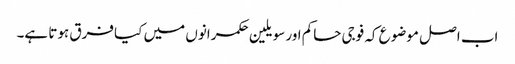
اب اصل موضوع کہ فوجی حاکم اور سویلین حکمرانوں میں کیا فرق ہوتا ہے۔